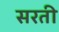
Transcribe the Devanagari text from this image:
सरती